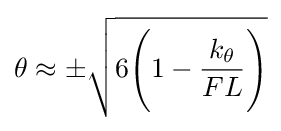
\theta \approx \pm {\sqrt {6{\Bigg (}1-{\frac {k_{\theta }}{FL}}{\Bigg )}}}